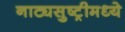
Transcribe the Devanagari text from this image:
नाट्यसुष्ट्रीमध्ये